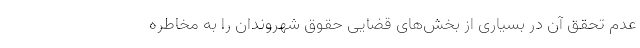
عدم تحقق آن در بسیاری از بخش‌های قضایی حقوق شهروندان را به مخاطره